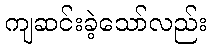
ကျဆင်းခဲ့သော်လည်း